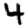
Digit: 4